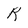
Character: R